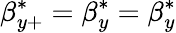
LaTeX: \beta_{y+}^{*}=\beta_{y}^{*}=\beta_{y}^{*}